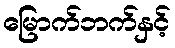
မြောက်ဘက်နှင့်